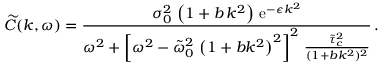
\widetilde { C } ( k , \omega ) = \frac { \sigma _ { 0 } ^ { 2 } \, \left( 1 + b \, k ^ { 2 } \right) \, \mathrm { e } ^ { - \epsilon k ^ { 2 } } } { \omega ^ { 2 } + \left[ \omega ^ { 2 } - \tilde { \omega } _ { 0 } ^ { 2 } \, \left( 1 + b k ^ { 2 } \right) ^ { 2 } \right] ^ { 2 } \, \frac { \tilde { \tau } _ { c } ^ { 2 } } { ( 1 + b k ^ { 2 } ) ^ { 2 } } } \, .